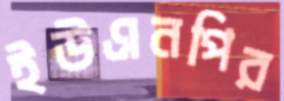
ইউএনপির